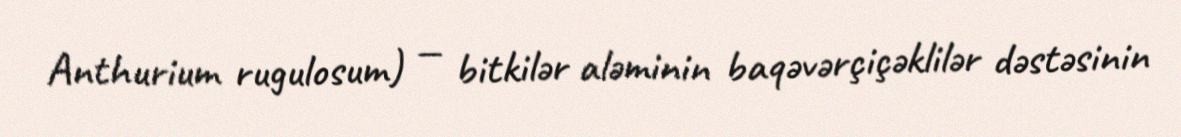
Anthurium rugulosum) — bitkilər aləminin baqəvərçiçəklilər dəstəsinin